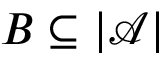
B \subseteq | { \mathcal { A } } |